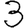
Digit: 3